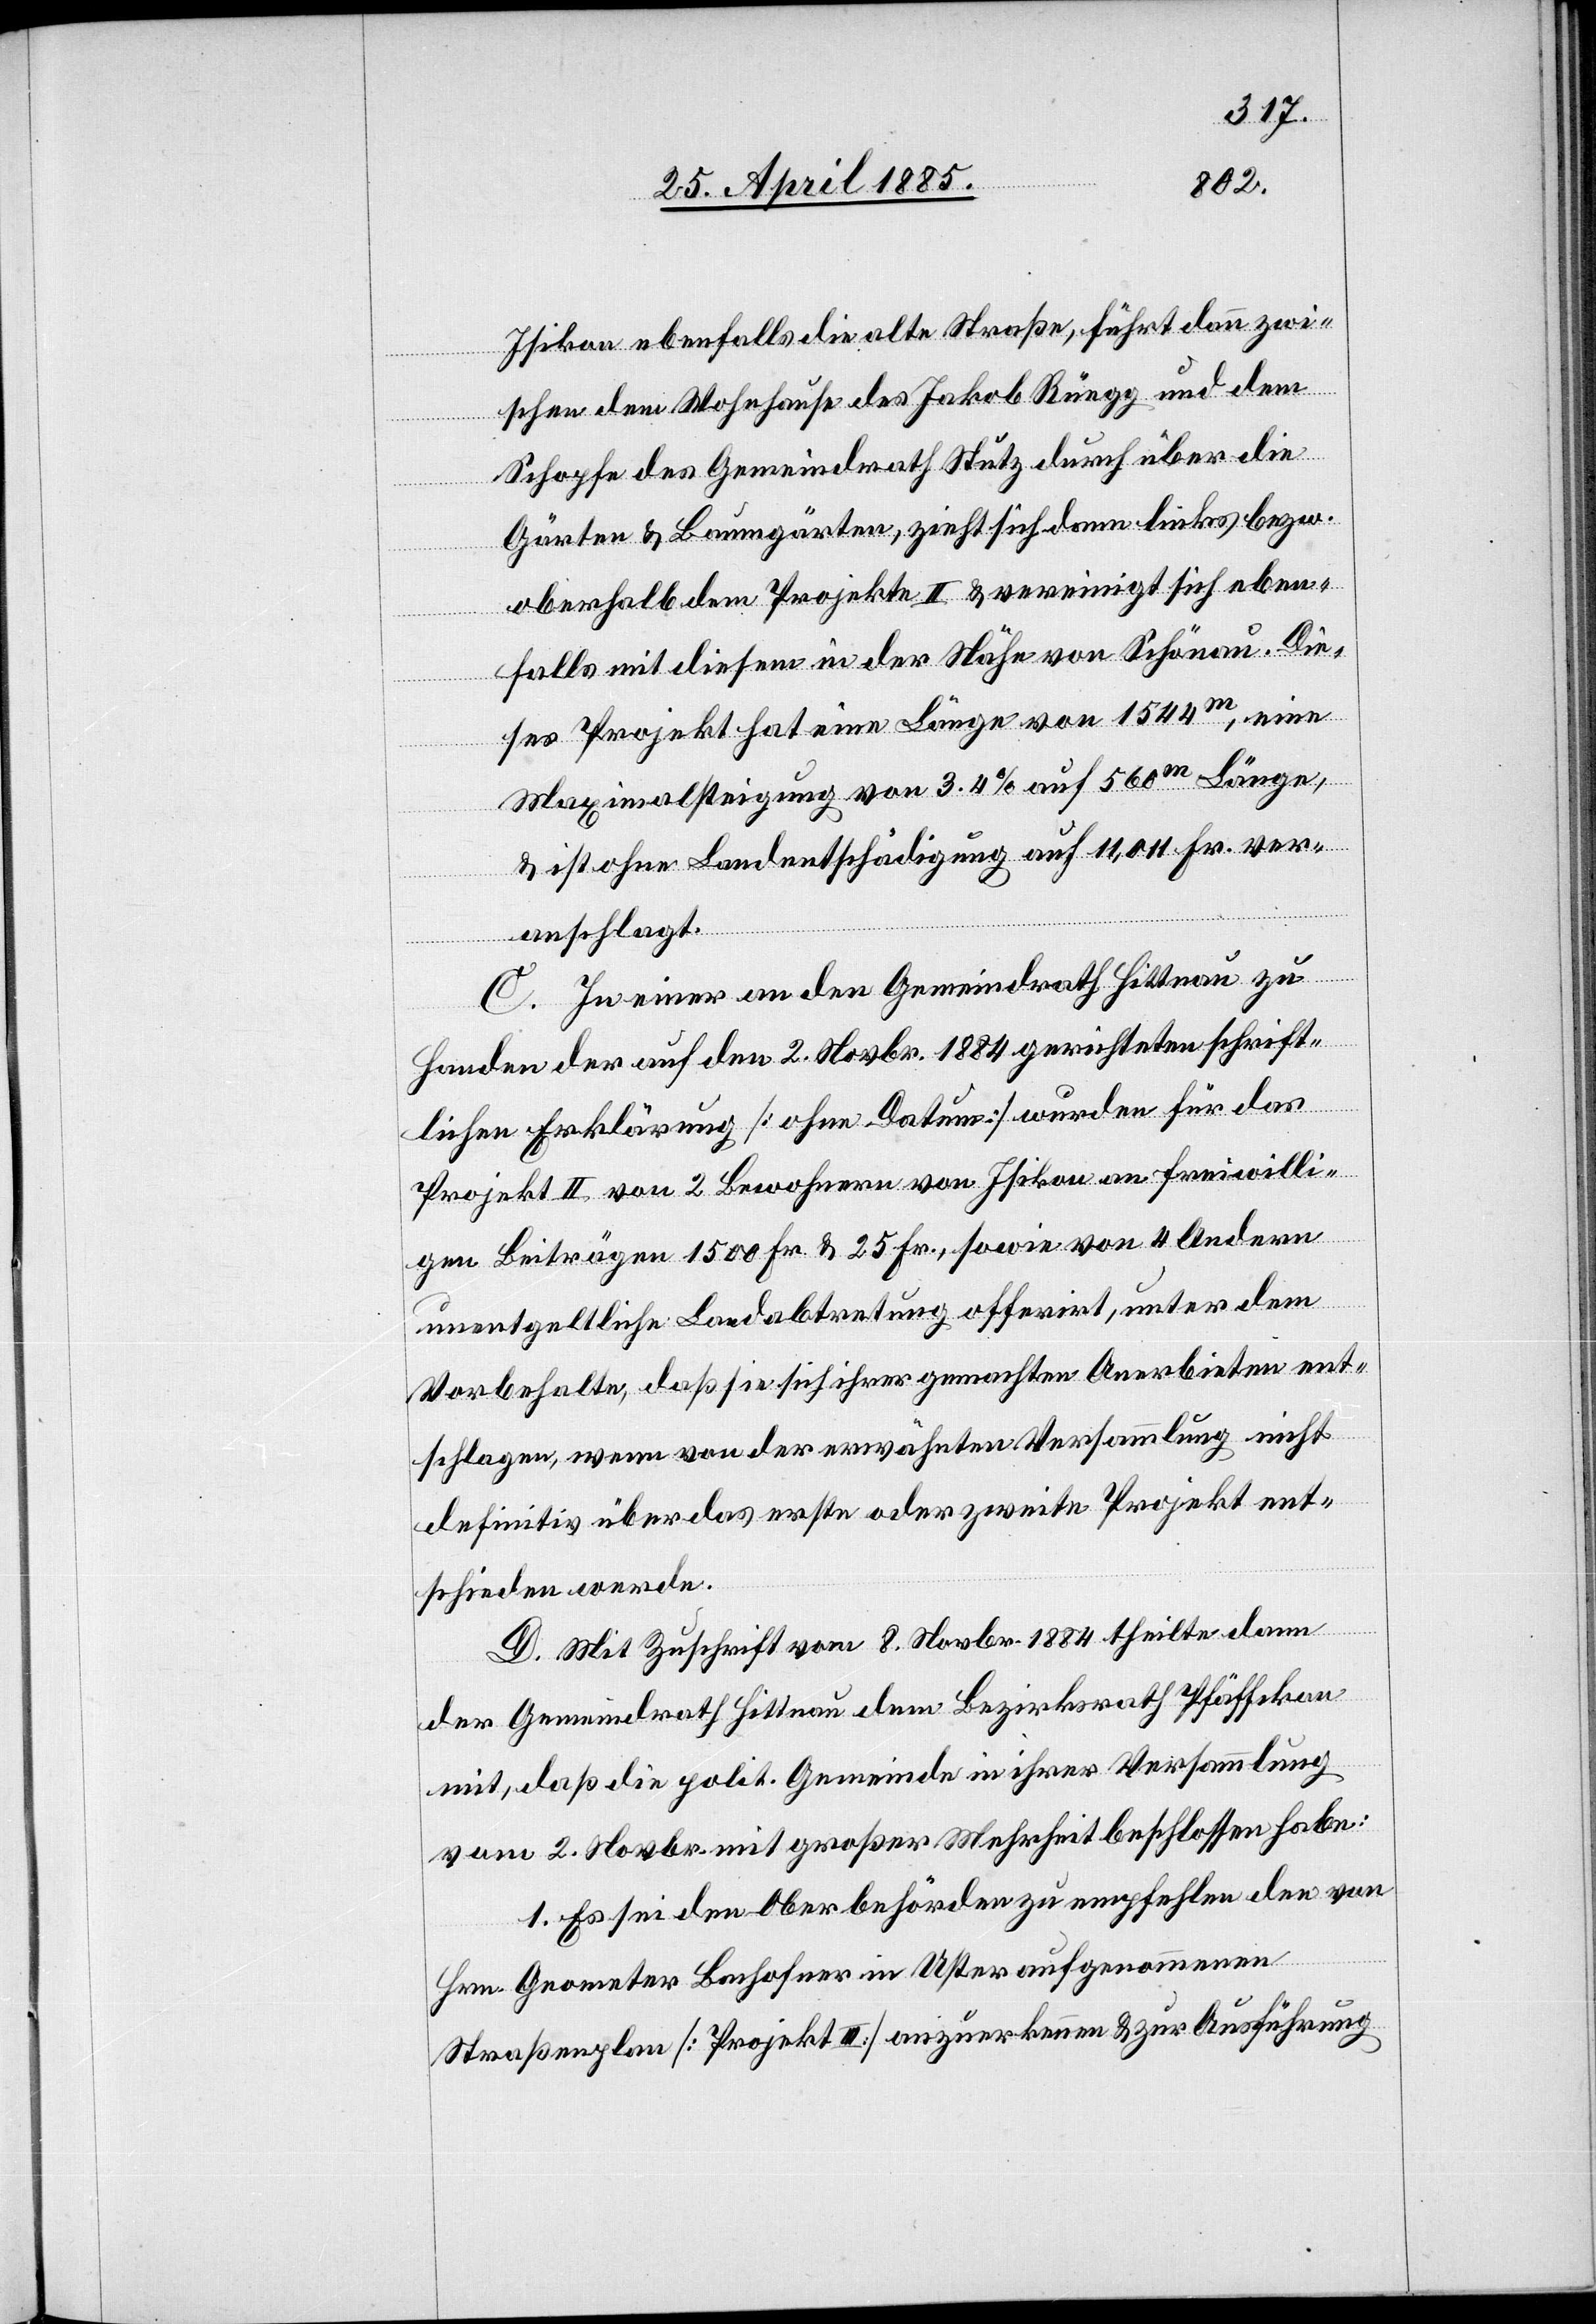
Isikon ebenfalls die alte Straße, führt dann zwi¬
schen dem Wohnhause des Jakob Rüegg und dem
Schopfe des Gemeindrath Stutz durch über die
Gärten & Baumgärten, zieht sich dann links bezw.
oberhalb dem Projekte II & vereinigt sich eben¬
falls mit diesem in der Höhe von Schönau. Die¬
ses Projekt hat eine Länge von 1544 m, eine
Maximalsteigung von 3,4% auf 560 m Länge,
& ist ohne Landentschädigung auf 11,011 Fr. ver¬
anschlagt.
C. In einer an den Gemeindrath Hittnau zu
Handen der auf den 2. Novbr. 1884 gerichteten schrift¬
lichen Erklärung [ohne Datum] wurden für das
Projekt II von 2 Bewohnern von Isikon an freiwilli¬
gen Beiträgen 1500 Fr. & 25 Fr., sowie von 4 Andern
unentgeltliche Landabtretung offerirt, unter dem
Vorbehalte, daß sie sich ihrer gemachten Anerbieten ent¬
schlagen, wenn von der erwähnten Versammlung nicht
definitiv über das erste oder zweite Projekt ent¬
schieden werde.
D. Mit Zuschrift vom 8. Novbr. 1884 theilte dann
der Gemeindrath Hittnau dem Bezirksrath Pfäffikon
mit, daß die polit. Gemeinde in ihrer Versammlung
vom 2. Novbr. mit großer Mehrheit beschlossen habe:
1. Es sei den Oberbehörden zu empfehlen den von
Hrn. Geometer Bachofner in Uster aufgenommenen
Straßenplan [Projekt III.] anzuerkennen & zur Ausführung